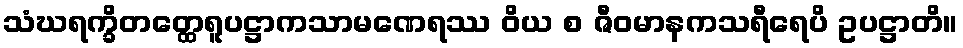
သံဃရက္ခိတတ္ထေရူပဋ္ဌာကသာမဏေရဿ ဝိယ စ ဇီဝမာနကသရီရေပိ ဥပဋ္ဌာတိ။